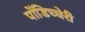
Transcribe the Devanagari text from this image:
पोंडिच्चेरी